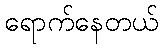
ရောက်နေတယ်